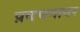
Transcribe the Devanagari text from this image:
प्रवचनावर